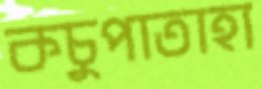
কচুপাতাহা